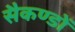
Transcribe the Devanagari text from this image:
सैकण्‍डों